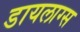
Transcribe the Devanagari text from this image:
डायलाग्स